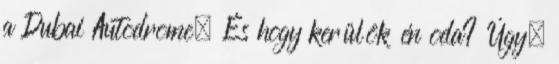
a Dubai Autodrome. És hogy kerülök én oda? Úgy,